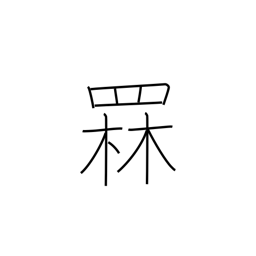
Meaning: luring fish with a bonfire